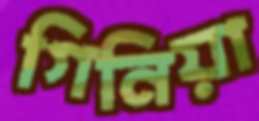
গিনিয়া